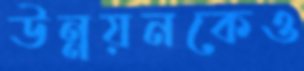
উন্নয়নকেও